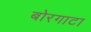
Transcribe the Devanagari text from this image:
बोरगाटा